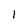
Character: l